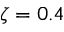
\zeta = 0 . 4